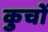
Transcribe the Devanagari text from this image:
कुचों